Insane asylums in Bengal annual reports 1867-1875 - 1867-1875
Year: 1867
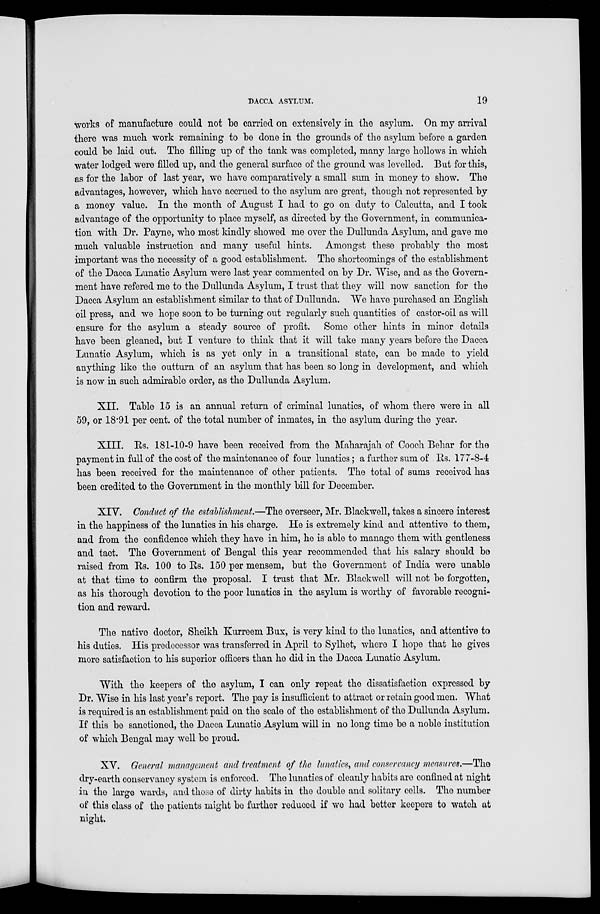
DACCA ASYLUM.
19
works of manufacture could not be carried on extensively in the asylum. On my arrival
there was much work remaining to be done in the grounds of the asylum before a garden
could be laid out. The filling up of the tank was completed, many large hollows in which
water lodged were filled up, and the general surface of the ground was levelled. But for this,
as for the labor of last year, we have comparatively a small sum in money to show. The
advantages, however, which have accrued to the asylum are great, though not represented by
a money value. In the month of August I had to go on duty to Calcutta, and I took
advantage of the opportunity to place myself, as directed by the Government, in communica-
tion with Dr. Payne, who most kindly showed me over the Dullunda Asylum, and gave me
much valuable instruction and many useful hints. Amongst these probably the most
important was the necessity of a good establishment. The shortcomings of the establishment
of the Dacca Lunatic Asylum were last year commented on by Dr. Wise, and as the Govern-
ment have refered me to the Dullunda Asylum, I trust that they will now sanction for the
Dacca Asylum an establishment similar to that of Dullunda. We have purchased an English
oil press, and we hope soon to be turning out regularly such quantities of castor-oil as will
ensure for the asylum a steady source of profit. Some other hints in minor details
have been gleaned, but I venture to think that it will take many years before the Dacca
Lunatic Asylum, which is as yet only in a transitional state, can be made to yield
anything like the outturn of an asylum that has been so long in development, and which
is now in such admirable order, as the Dullunda Asylum.
XII. Table 15 is an annual return of criminal lunatics, of whom there were in all
59, or 18.91 per cent. of the total number of inmates, in the asylum during the year.
XIII. Rs. 181-10-9 have been received from the Maharajah of Cooch Behar for the
payment in full of the cost of the maintenance of four lunatics; a further sum of Rs. 177-8-4
has been received for the maintenance of other patients. The total of sums received has
been credited to the Government in the monthly bill for December.
XIV. Conduct of the establishment.—The overseer, Mr. Blackwell, takes a sincere interest
in the happiness of the lunatics in his charge. He is extremely kind and attentive to them,
and from the confidence which they have in him, he is able to manage them with gentleness
and tact. The Government of Bengal this year recommended that his salary should be
raised from Rs. 100 to Rs. 150 per mensem, but the Government of India were unable
at that time to confirm the proposal. I trust that Mr. Blackwell will not be forgotten,
as his thorough devotion to the poor lunatics in the asylum is worthy of favorable recogni-
tion and reward.
The native doctor, Sheikh Kurreem Bux, is very kind to the lunatics, and attentive to
his duties. His predecessor was transferred in April to Sylhet, where I hope that he gives
more satisfaction to his superior officers than he did in the Dacca Lunatic Asylum.
With the keepers of the asylum, I can only repeat the dissatisfaction expressed by
Dr. Wise in his last year's report. The pay is insufficient to attract or retain good men. What
is required is an establishment paid on the scale of the establishment of the Dullunda Asylum.
If this be sanctioned, the Dacca Lunatic Asylum will in no long time be a noble institution
of which Bengal may well be proud.
XV. General management and treatment of the lunatics, and conservancy measures.—The
dry-earth conservancy system is enforced. The lunatics of cleanly habits are confined at night
in the large wards, and those of dirty habits in the double and solitary cells. The number
of this class of the patients might be further reduced if we had better keepers to watch at
night.